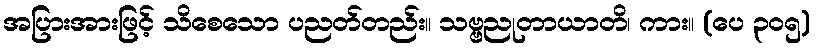
အပြားအားဖြင့် သိစေသော ပညတ်တည်း။ သဗ္ဗညုတာယာတိ၊ ကား။ (ပေ ၃၀၅)